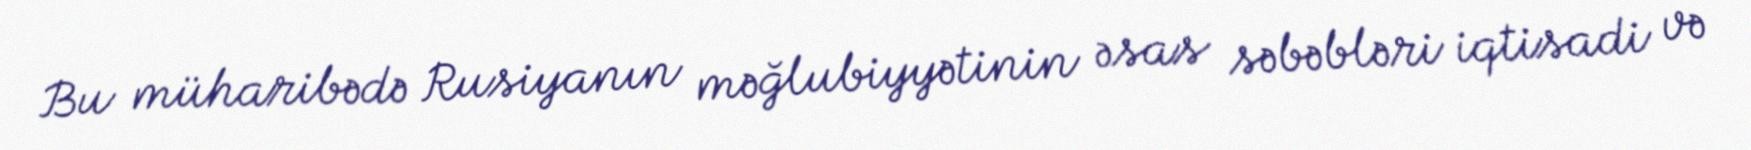
Bu müharibədə Rusiyanın məğlubiyyətinin əsas səbəbləri iqtisadi və